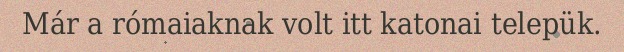
Már a rómaiaknak volt itt katonai telepük.